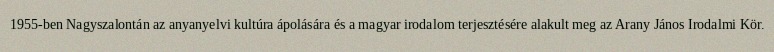
1955-ben Nagyszalontán az anyanyelvi kultúra ápolására és a magyar irodalom terjesztésére alakult meg az Arany János Irodalmi Kör.